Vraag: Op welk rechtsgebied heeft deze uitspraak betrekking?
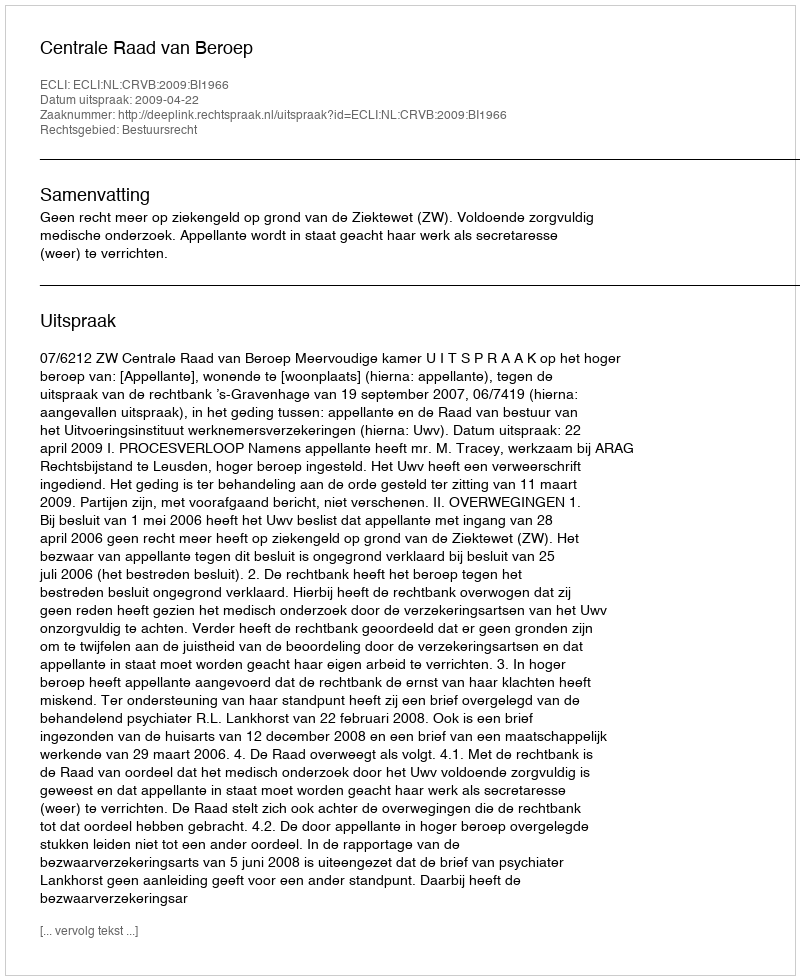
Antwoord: Bestuursrecht